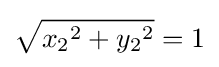
{\sqrt {{x_{2}}^{2}+{y_{2}}^{2}}}=1